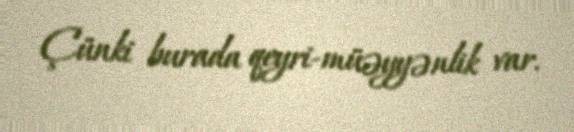
Çünki burada qeyri-müəyyənlik var.